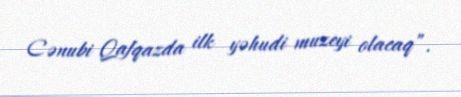
Cənubi Qafqazda ilk yəhudi muzeyi olacaq”.